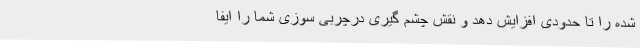
شده را تا حدودی افزایش دهد و نقش چشم گیری درچربی سوزی شما را ایفا